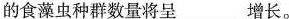
的食藻虫种群数量将呈___增长。